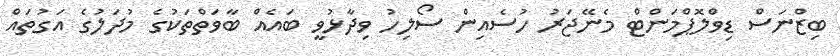
ބިޒްނަސް ޑިވްލޮޕްމަންޓް މެނޭޖަރު ހުސެއިން ސޯލިހު ވިދާޅުވީ ބައެއް ބާވަތްތަކުގެ މުދަލުގެ އަގުތައް